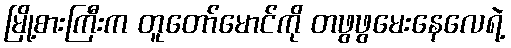
မြို့စားကြီးက တူတော်မောင်ကို တဖွဖွမေးနေလေရဲ့